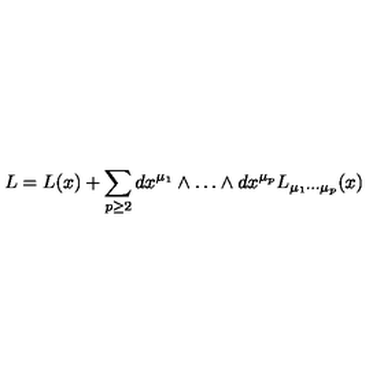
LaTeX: L = L ( x ) + \sum _ { p \ge 2 } d x ^ { \mu _ { 1 } } \wedge \ldots \wedge d x ^ { \mu _ { p } } L _ { \mu _ { 1 } \cdots \mu _ { p } } ( x )